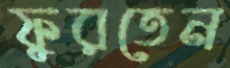
ফুরতেন